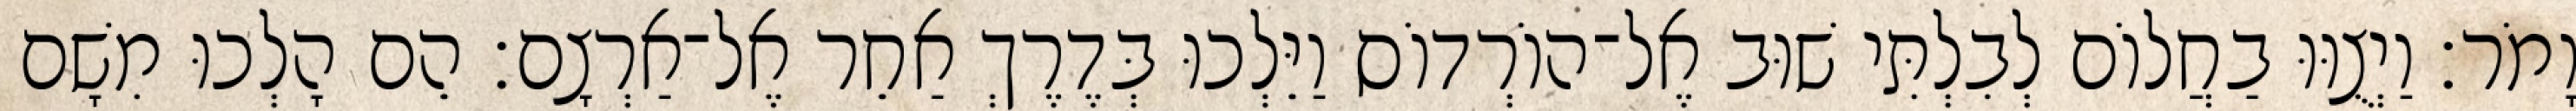
וָמֹר׃ וַיְצֻוּוּ בַחֲלוֹם לְבִלְתִּי שׁוּב אֶל־הוֹרְדוֹס וַיֵּלְכוּ בְּדֶרֶךְ אַחֵר אֶל־אַרְצָם׃ הֵם הָלְכוּ מִשָׁם